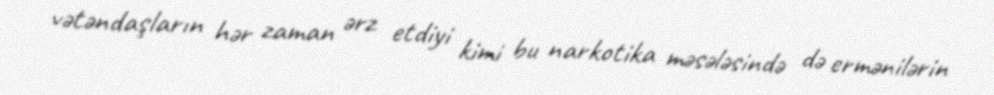
vətəndaşların hər zaman ərz etdiyi kimi bu narkotika məsələsində də ermənilərin